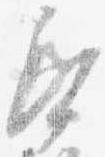
紙